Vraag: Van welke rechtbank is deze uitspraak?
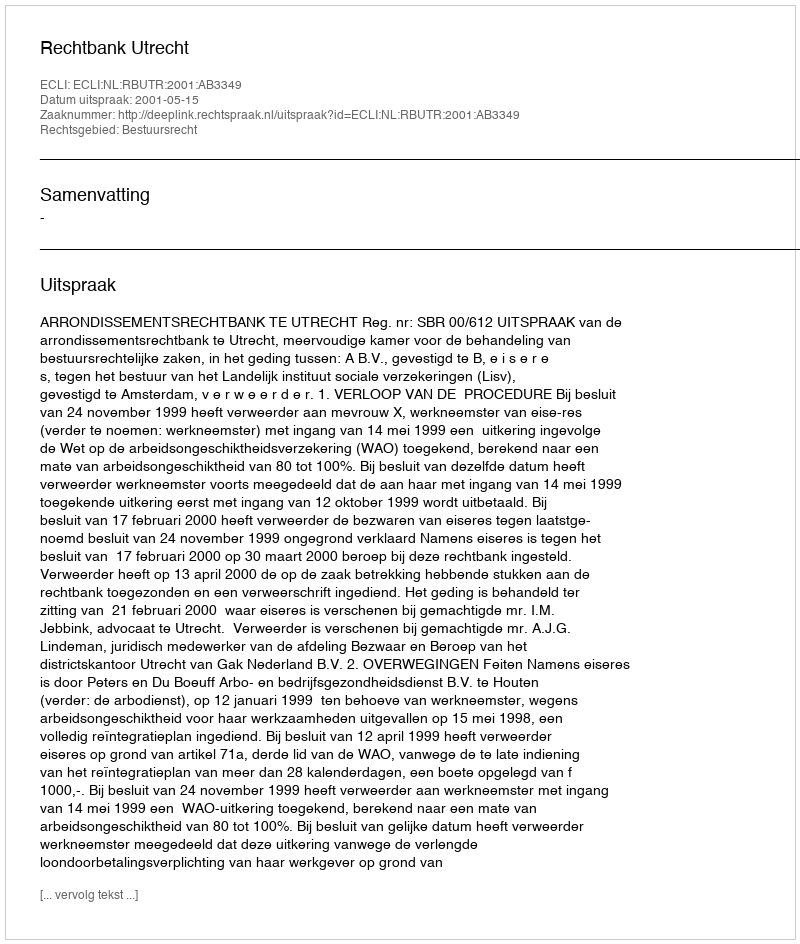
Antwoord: Rechtbank Utrecht